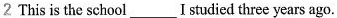
2 This is the school___I studied three years ago.